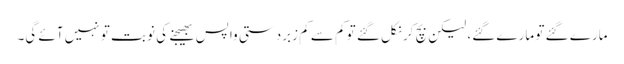
مارے گئے تو مارے گئے، لیکن بچ کر نکل گئے تو کم سے کم زبردستی واپس بھیجنے کی نوبت تو نہیں آئے گی۔